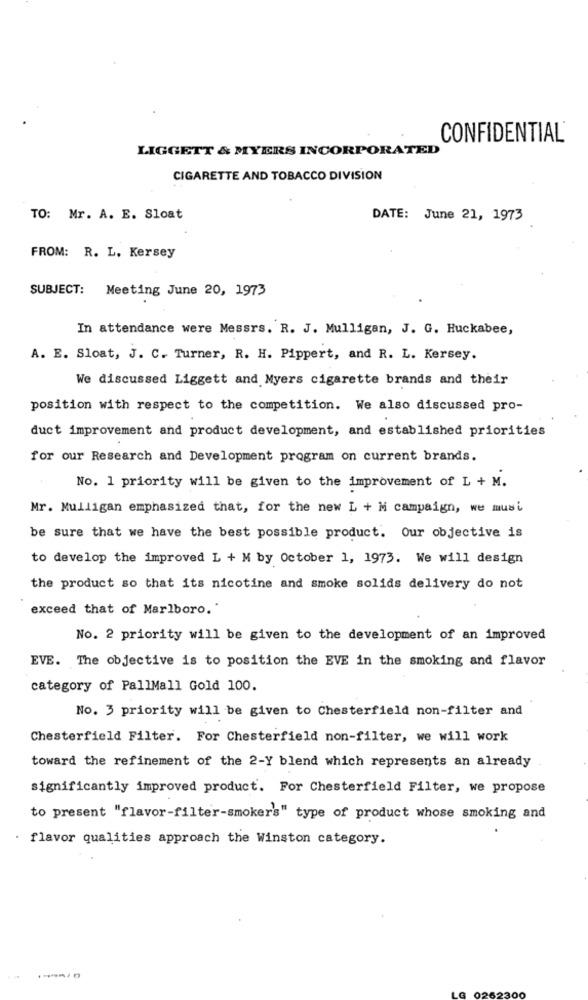
CONFIDENTIAL®
LIGGETT & MYERS INCORPORATED
CIGARETTE AND TOBACCO DIVISION
TO: Mr. A. E. Sloat
DATE: June 21, 1973
FROM: R. L. Kersey
SUBJECT:
Meeting June 20, 1973
In attendance were Messrs. R. J. Mulligan, J. G. Huckabee,
A. E. Sloat, J. C. Turner, R. H. Pippert, and R. L. Kersey.
We discussed Liggett and Myers cigarette brands and their
position with respect to the competition. We also discussed pro-
duct improvement and product development, and established priorities
for our Research and Development program on current brands.
No. 1 priority will be given to the improvement of L + M.
Mr. Mulligan emphasized that, for the new L + M campaign, we musi
be sure that we have the best possible product. Our objective is
to develop the improved L + M by October 1, 1973. We will design
the product so that its nicotine and smoke solids delivery do not
exceed that of Marlboro."
No. 2 priority will be given to the development of an improved
EVE. The objective is to position the EVE in the smoking and flavor
category of PallMall Gold 100.
No. 3 priority will be given to Chesterfield non-filter and
Chesterfield Filter. For Chesterfield non-filter, we will work
toward the refinement of the 2-Y blend which represents an already
significantly improved product. For Chesterfield Filter, we propose
to present "flavor-filter-smoker's" type of product whose smoking and
. flavor qualities approach the Winston category.
LG
0262300